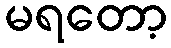
မရတော့